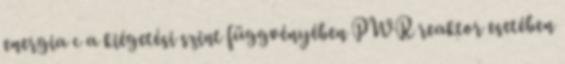
energia c a kiégetési szint függvényében PWR reaktor esetében